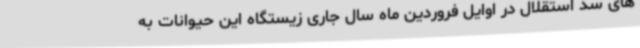
های سد استقلال در اوایل فروردین ماه سال جاری زیستگاه این حیوانات به